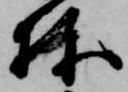
棟